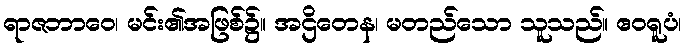
ရာဇဘာဝေ၊ မင်း၏အဖြစ်၌။ အဌိတေန၊ မတည်သော သူသည်။ ဧဝရူပံ၊